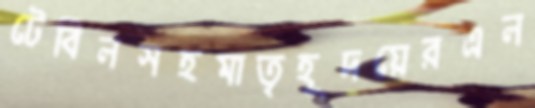
টেবিলসহমাতৃহূদয়েরএল